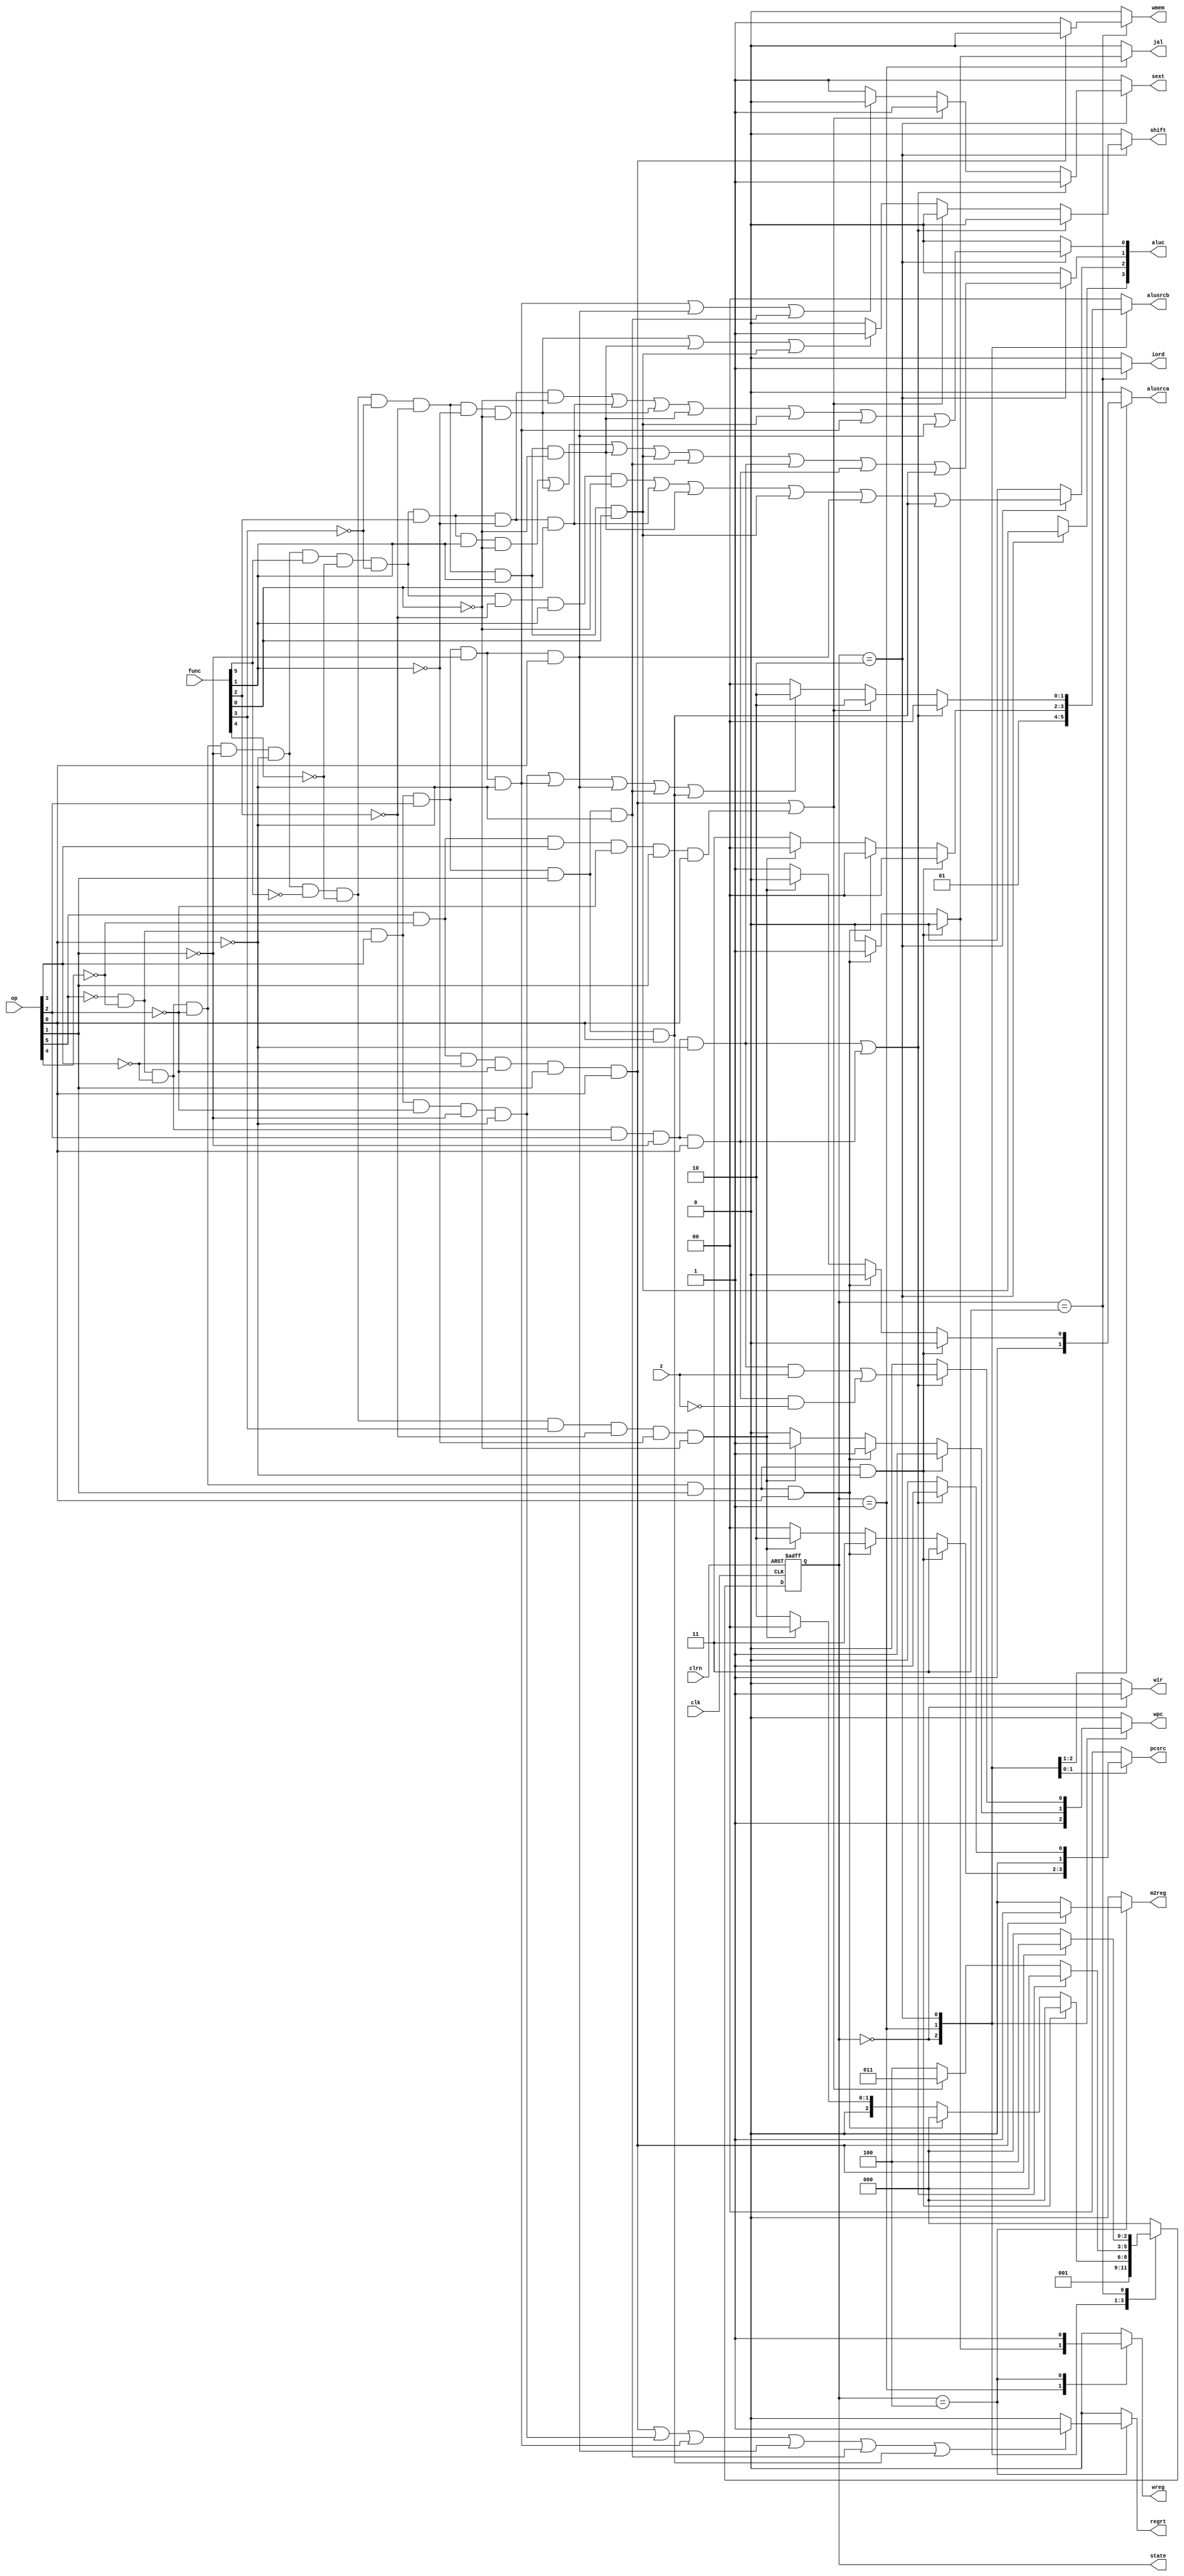
/************************************************
  The Verilog HDL code example is from the book
  Computer Principles and Design in Verilog HDL
  by Yamin Li, published by A JOHN WILEY & SONS
************************************************/
module mccu (op,func,z,clk,clrn,wpc,wir,wmem,wreg,iord,regrt,m2reg,aluc,
             shift,alusrca,alusrcb,pcsrc,jal,sext,state);    // control unit
    input      [5:0] op, func;                     // op, func 
    input            clk, clrn;                    // clock and reset
    input            z;                            // alu zero flag
    output reg       wpc;                          // write pc
    output reg       wir;                          // write ir
    output reg       wmem;                         // memory write enable
    output reg       wreg;                         // write regfile
    output reg       iord;                         // select memory address
    output reg       regrt;                        // dest reg number is rt
    output reg       m2reg;                        // instruction is an lw
    output reg       shift;                        // instruction is a shift
    output reg       alusrca;                      // select pc
    output reg       jal;                          // instruction is a jal
    output reg       sext;                         // is sign extension
    output reg [3:0] aluc;                         // alu operation control
    output reg [1:0] alusrcb;                      // alu input b selection
    output reg [1:0] pcsrc;                        // select pc source
    output reg [2:0] state;                        // state
    reg        [2:0] next_state;                   // next state
    parameter  [2:0] sif  = 3'b000,                // IF  state
                     sid  = 3'b001,                // ID  state
                     sexe = 3'b010,                // EXE state
                     smem = 3'b011,                // MEM state
                     swb  = 3'b100;                // WB  state
    wire rtype,i_add,i_sub,i_and,i_or,i_xor,i_sll,i_srl,i_sra,i_jr;
    wire i_addi,i_andi,i_ori,i_xori,i_lw,i_sw,i_beq,i_bne,i_lui,i_j,i_jal;
    // and (out, in1, in2, ...);                   // instruction decode
    and (rtype,~op[5],~op[4],~op[3],~op[2],~op[1],~op[0]);
    and (i_add,rtype, func[5],~func[4],~func[3],~func[2],~func[1],~func[0]);
    and (i_sub,rtype, func[5],~func[4],~func[3],~func[2], func[1],~func[0]);
    and (i_and,rtype, func[5],~func[4],~func[3], func[2],~func[1],~func[0]);
    and (i_or, rtype, func[5],~func[4],~func[3], func[2],~func[1], func[0]);
    and (i_xor,rtype, func[5],~func[4],~func[3], func[2], func[1],~func[0]);
    and (i_sll,rtype,~func[5],~func[4],~func[3],~func[2],~func[1],~func[0]);
    and (i_srl,rtype,~func[5],~func[4],~func[3],~func[2], func[1],~func[0]);
    and (i_sra,rtype,~func[5],~func[4],~func[3],~func[2], func[1], func[0]);
    and (i_jr, rtype,~func[5],~func[4], func[3],~func[2],~func[1],~func[0]);
    and (i_addi,~op[5],~op[4], op[3],~op[2],~op[1],~op[0]);
    and (i_andi,~op[5],~op[4], op[3], op[2],~op[1],~op[0]);
    and (i_ori, ~op[5],~op[4], op[3], op[2],~op[1], op[0]);
    and (i_xori,~op[5],~op[4], op[3], op[2], op[1],~op[0]);
    and (i_lw,   op[5],~op[4],~op[3],~op[2], op[1], op[0]);
    and (i_sw,   op[5],~op[4], op[3],~op[2], op[1], op[0]);
    and (i_beq, ~op[5],~op[4],~op[3], op[2],~op[1],~op[0]);
    and (i_bne, ~op[5],~op[4],~op[3], op[2],~op[1], op[0]);
    and (i_lui, ~op[5],~op[4], op[3], op[2], op[1], op[0]);
    and (i_j,   ~op[5],~op[4],~op[3],~op[2], op[1],~op[0]);
    and (i_jal, ~op[5],~op[4],~op[3],~op[2], op[1], op[0]);
    wire i_shift = i_sll | i_srl | i_sra;
    always @* begin                                // default outputs:
        wpc     = 0;                               // do not write pc
        wir     = 0;                               // do not write ir
        wmem    = 0;                               // do not write memory
        wreg    = 0;                               // do not write regfile
        iord    = 0;                               // select pc as address
        aluc    = 4'bx000;                         // alu operation: add
        alusrca = 0;                               // alu a: reg a or sa
        alusrcb = 2'h0;                            // alu input b: reg b
        regrt   = 0;                               // reg dest no: rd
        m2reg   = 0;                               // select reg c
        shift   = 0;                               // select reg a
        pcsrc   = 2'h0;                            // select alu output
        jal     = 0;                               // not a jal
        sext    = 1;                               // sign extend
        case (state) //------------------------------------------------- IF:
            sif: begin                             // IF state
                wpc     = 1;                       // write PC
                wir     = 1;                       // write IR
                alusrca = 1;                       // PC
                alusrcb = 2'h1;                    // 4
                next_state = sid;                  // next state: ID
            end //------------------------------------------------------ ID:
            sid: begin                             // ID state
                if (i_j) begin                     // j instruction
                    pcsrc = 2'h3;                  // jump address
                    wpc   = 1;                     // write PC
                    next_state = sif;              // next state: IF
                end else if (i_jal) begin          // jal instruction
                    pcsrc = 2'h3;                  // jump address
                    wpc   = 1;                     // write PC
                    jal   = 1;                     // reg no = 31
                    wreg  = 1;                     // save PC+4
                    next_state = sif;              // next state: IF
                end else if (i_jr) begin           // jr instruction
                    pcsrc = 2'h2;                  // jump register
                    wpc   = 1;                     // write PC
                    next_state = sif;              // next state: IF
                end else begin                     // other instructions
                    aluc    = 4'bx000;             // add
                    alusrca = 1;                   // PC
                    alusrcb = 2'h3;                // branch offset
                    next_state = sexe;             // next state: EXE
                end
            end //----------------------------------------------------- EXE:
//       add sub and or xor sll srl sra lw sw beq bne addi andi ori xori lui
// aluc[3] X  X   X   X  X   0   0   1  X  X   X   X    X    X   X    X   X
// aluc[2] 0  1   0   1  0   0   1   1  0  0   0   0    0    0   1    0   1
// aluc[1] 0  0   0   0  1   1   1   1  0  0   1   1    0    0   0    1   1
// aluc[0] 0  0   1   1  0   1   1   1  0  0   0   0    0    1   1    0   0
            sexe: begin                            // EXE state
                aluc[3] = i_sra;
                aluc[2] = i_sub | i_or  | i_srl | i_sra | i_ori  | i_lui;
                aluc[1] = i_xor | i_sll | i_srl | i_sra | i_xori | i_beq  |
                          i_bne | i_lui;
                aluc[0] = i_and | i_or  | i_sll | i_srl | i_sra  | i_andi |
                          i_ori;
                if (i_beq || i_bne) begin          // beq or bne inst
                    pcsrc = 2'h1;                  // branch address
                    wpc = i_beq & z | i_bne & ~z;  // write PC
                    next_state = sif;              // next state: IF
                end else begin                     // other instruction
                    if (i_lw || i_sw) begin        // lw or sw inst
                        alusrcb = 2'h2;            // select offset
                        next_state = smem;         // next state: MEM
                    end else begin                 // other instruction
                        if (i_shift) shift = 1;    // shift instruction
                        if (i_addi || i_andi || i_ori || i_xori || i_lui)
                            alusrcb = 2'h2;        // select immediate
                        if (i_andi || i_ori || i_xori) sext=0;   // 0 extend
                        next_state = swb;          // next state: WB
                    end
                end
            end //----------------------------------------------------- MEM:
            smem: begin                            // MEM state
                iord = 1;                          // memory address = C
                if (i_lw) begin                    // load
                    next_state = swb;              // next state: WB
                end else begin                     // store
                    wmem = 1;                      // write memory
                    next_state = sif;              // next state: IF
                end
            end //------------------------------------------------------ WB:
            swb: begin                             // WB state
                if (i_lw) m2reg = 1;               // select memory data
                if (i_lw || i_addi || i_andi || i_ori || i_xori || i_lui)
                    regrt = 1;                     // reg dest no: rt
                wreg = 1;                          // write register file
                next_state = sif;                  // next state: IF
            end //------------------------------------------------------ END
            default: begin
                next_state = sif;                  // default state: IF
            end
        endcase
    end
    always @ (posedge clk or negedge clrn) begin
        if (!clrn) begin
            state <= sif;                          // reset state to IF
        end else begin
            state <= next_state;                   // state transition
        end
    end
endmodule